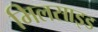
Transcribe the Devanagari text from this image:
मिलसाइड